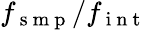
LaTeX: f_{\mathrm{~s~m~p~}}/f_{\mathrm{~i~n~t~}}